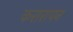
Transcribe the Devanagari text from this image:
करारापन